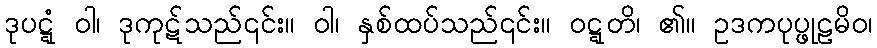
ဒုပဋ္ဋံ ဝါ၊ ဒုကုဋ်သည်၎င်း။ ဝါ၊ နှစ်ထပ်သည်၎င်း။ ဝဋ္ဋတိ၊ ၏။ ဥဒကပုပ္ဖုဠမိဝ၊